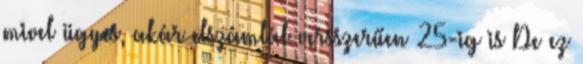
mivel ügyes, akár elszámlál versszerűen 25-ig is De ez